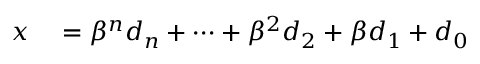
\begin{array} { r l } { x } & { { } = \beta ^ { n } d _ { n } + \cdots + \beta ^ { 2 } d _ { 2 } + \beta d _ { 1 } + d _ { 0 } } \end{array}